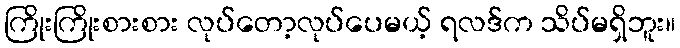
ကြိုးကြိုးစားစား လုပ်တော့လုပ်ပေမယ့် ရလဒ်က သိပ်မရှိဘူး။